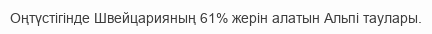
Оңтүстігінде Швейцарияның 61% жерін алатын Альпі таулары.